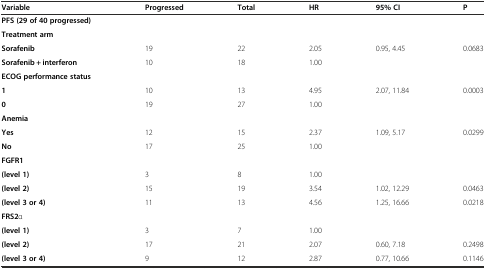
<table><thead><tr><td><b>Variable</b></td><td><b>Progressed</b></td><td><b>Total</b></td><td><b>HR</b></td><td><b>95% CI</b></td><td><b>P</b></td></tr></thead><tbody><tr><td><b>PFS (29 of 40 progressed)</b></td><td></td><td></td><td></td><td></td><td></td></tr><tr><td><b>Treatment arm</b></td><td></td><td></td><td></td><td></td><td></td></tr><tr><td><b>Sorafenib</b></td><td>19</td><td>22</td><td>2.05</td><td>0.95, 4.45</td><td>0.0683</td></tr><tr><td><b>Sorafenib + interferon</b></td><td>10</td><td>18</td><td>1.00</td><td></td><td></td></tr><tr><td><b>ECOG performance status</b></td><td></td><td></td><td></td><td></td><td></td></tr><tr><td><b>1</b></td><td>10</td><td>13</td><td>4.95</td><td>2.07, 11.84</td><td>0.0003</td></tr><tr><td><b>0</b></td><td>19</td><td>27</td><td>1.00</td><td></td><td></td></tr><tr><td><b>Anemia</b></td><td></td><td></td><td></td><td></td><td></td></tr><tr><td><b>Yes</b></td><td>12</td><td>15</td><td>2.37</td><td>1.09, 5.17</td><td>0.0299</td></tr><tr><td><b>No</b></td><td>17</td><td>25</td><td>1.00</td><td></td><td></td></tr><tr><td><b>FGFR1</b></td><td></td><td></td><td></td><td></td><td></td></tr><tr><td><b>(level 1)</b></td><td>3</td><td>8</td><td>1.00</td><td></td><td></td></tr><tr><td><b>(level 2)</b></td><td>15</td><td>19</td><td>3.54</td><td>1.02, 12.29</td><td>0.0463</td></tr><tr><td><b>(level 3 or 4)</b></td><td>11</td><td>13</td><td>4.56</td><td>1.25, 16.66</td><td>0.0218</td></tr><tr><td><b>FRS2</b>α</td><td></td><td></td><td></td><td></td><td></td></tr><tr><td><b>(level 1)</b></td><td>3</td><td>7</td><td>1.00</td><td></td><td></td></tr><tr><td><b>(level 2)</b></td><td>17</td><td>21</td><td>2.07</td><td>0.60, 7.18</td><td>0.2498</td></tr><tr><td><b>(level 3 or 4)</b></td><td>9</td><td>12</td><td>2.87</td><td>0.77, 10.66</td><td>0.1146</td></tr></tbody></table>